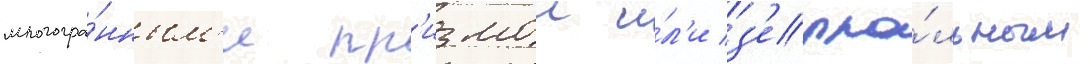
многогра́нным'и пр'измои и́л'и з'ерка́льным